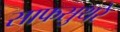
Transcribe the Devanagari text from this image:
साफसुथरे